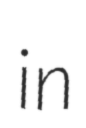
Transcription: in